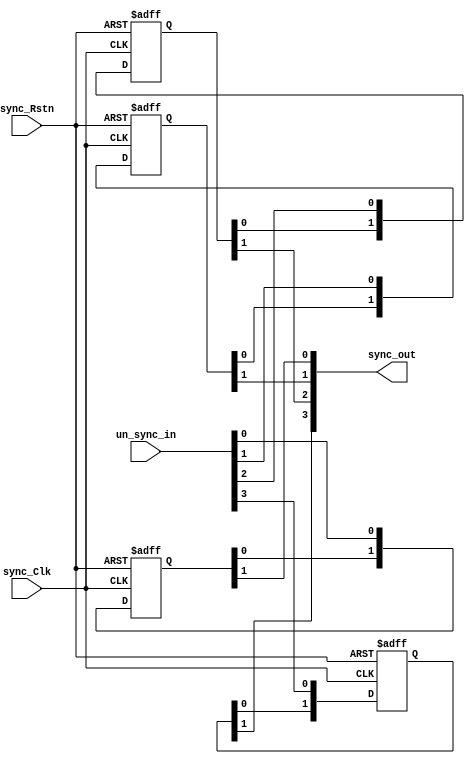
module DF_SYNC 
(
input  wire sync_Clk,sync_Rstn,
input  wire [3:0] un_sync_in,
output reg  [3:0] sync_out
);

reg  [1:0] sync_flipflop [3:0] ;

integer i;
integer j;

always@(posedge sync_Clk or negedge sync_Rstn)
 begin
	if(!sync_Rstn)
	 begin
		for( i = 0 ; i < 4 ; i = i+1 )
		 for( j = 0 ; j < 2 ; j = j+1 )
			sync_flipflop[i][j] <= 1'b0;
	 end
	else
	 begin
		for (i=0; i< 4; i=i+1)
		 sync_flipflop[i] <= {sync_flipflop[i][0],un_sync_in[i]};   
	 end  
 end


always @(*)
 begin
  for (i=0; i<4; i=i+1)
    sync_out[i] = sync_flipflop[i][1] ; 
 end  
		
		
		
 
 
 endmodule